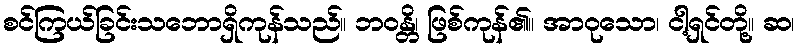
စင်ကြယ်ခြင်းသဘောရှိကုန်သည်။ ဘဝန္တိ၊ ဖြစ်ကုန်၏။ အာဝုသော၊ ငါ့ရှင်တို့။ ဆ၊